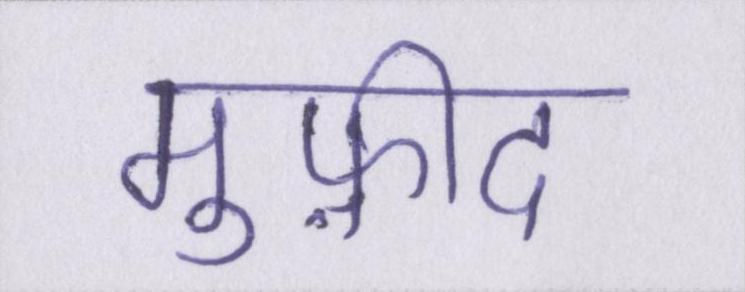
मुफ़ीद